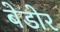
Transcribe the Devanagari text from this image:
बेडोर